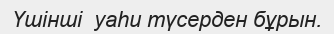
Үшінші  уаһи түсерден бұрын.